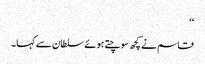
‘‘
قاسم نے کچھ سوچتے ہوئے سلطان سے کہا۔